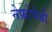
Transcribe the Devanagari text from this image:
नेफ्रोपेथी